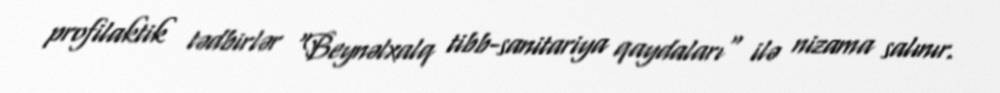
profilaktik tədbirlər "Beynəlxalq tibb-sanitariya qaydaları" ilə nizama salınır.